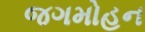
જગમોહન